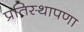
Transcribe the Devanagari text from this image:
प्रतिस्थापणा